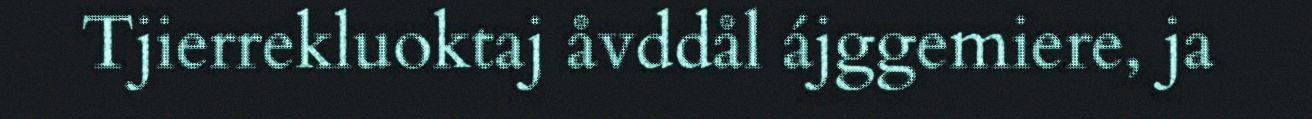
Tjierrekluoktaj åvddål ájggemiere, ja